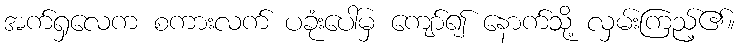
အက်ရှလေက စကားလက် ပခုံးပေါ်မှ ကျော်၍ နောက်သို့ လှမ်းကြည့်၏။